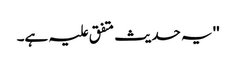
'' یہ حدیث متفق علیہ ہے۔